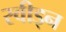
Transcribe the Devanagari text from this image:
स्वीड्न